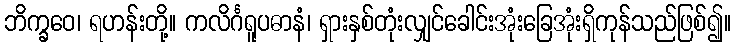
ဘိက္ခဝေ၊ ရဟန်းတို့။ ကလိင်္ဂရူပဓာနံ၊ ရှားနှစ်တုံးလျှင်ခေါင်းအုံးခြေအုံးရှိကုန်သည်ဖြစ်၍။